Vaccination in Burma 1912-1922 - 1912-1922
Year: 1912
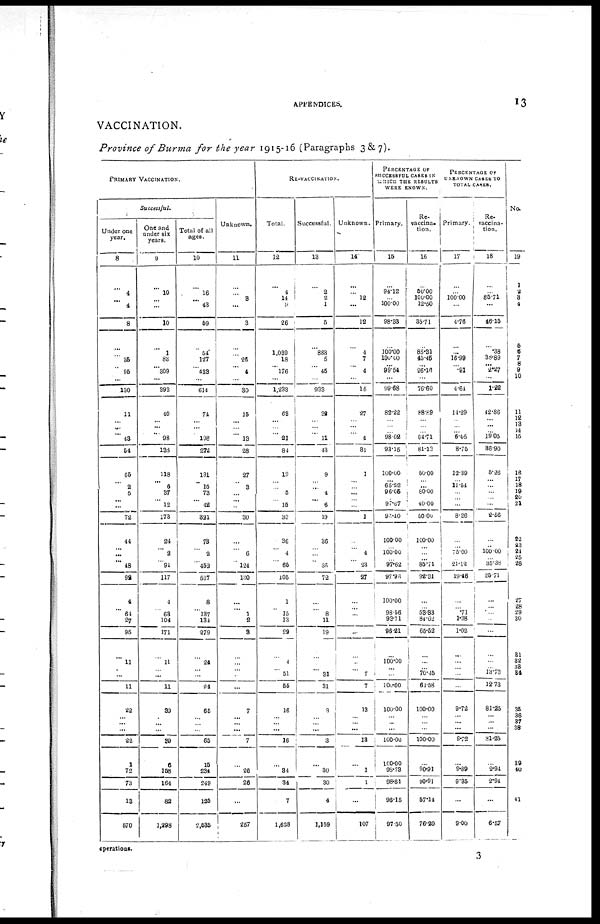
APPENDICES.
13
VACCINATION.
Province of Burma for the year 1915-16 (Paragraphs 3&7).
PRIMARY VACCINATION.
Successful.
Under one
year.
8
...
4
... 4
8
...
...
35
...
95
...
130
11
... ...
... 43
54
66
...
2 5
...
...
72
44
...
...
...
48
92
4
... 64
27
95
...
11
...
...
11
22
...
...
...
22
1
72
73
13
570
One and
under six
years.
9
...
10
...
...
10
...
1
83
... 309
...
393
40
...
...
... 98
138
118
...
6
37
...
12
173
24
...
2
...
91
117
4
...
63
104
171
...
11
... ...
11
39
...
... ...
39
6
158
164
82
1,298
Total of all
ages.
10
...
16
...
43
59
...
54
127
... 433
...
614
74
... ...
... 198
272
191
...
15
73
... 42
321
73
...
2
... 452
527
8
... 137
134
279
...
24
... ...
24
65
...
...
...
65
15
234
249
125
2,535
Unknown.
11
...
...
3
...
3
...
...
26
...
4
...
30
15
...
...
...
13
28
27
...
3
...
...
...
30
...
...
6
... 124
130
...
... 1
2
3
...
...
...
...
...
7
...
... ...
7
...
26
26
...
257
RE-VACCINATION.
Total.
12
...
4
14
8
26
...
1,039
18
... 176
...
1,233
63
...
...
...
21
84
19
... ...
5
...
15
39
36
...
4
...
65
105
1
...
15
13
29
...
4
...
51
55
16
...
... ...
16
...
34
34
7
1,628
Successful.
13
...
2
2
1
5
...
883
5
...
45
...
933
32
... ... ... 11
43
9
... ...
4
...
6
19
36
...
...
...
36
72
...
...
8
11
19
...
...
...
31
31
3
...
... ...
3
...
30
30
4
1,159
Unknown.
14
...
...
12
...
12
...
4
7
...
4
...
15
27
... ...
...
4
31
1
... ... ...
...
...
1
...
...
4
...
23
27
...
...
...
...
...
...
...
...
7
7
13
...
... ...
13
...
1
1
...
107
PERCENTAGE OF
SUCCESSFUL CASES IN
WHICH THE RESULTS
WERE KNOWN.
Primary.
15
...
94.12
... 100.00
98.33
...
100.00
100.00
... 99.54
...
99.68
82.22
... ...
... 98.02
93.15
100.00
... 65.32
96.05
...
97.67
96.40
100.00
... 100.00
... 97.62
97.93
100.00
... 98.56
93.71
96.21
...
100.00
...
...
100.00
100.00
... ...
...
100.00
100.00
98.73
98.81
96.15
97.50
Re-
vaccina¬
tion.
16
...
50.00
100.00
12.50
35.71
...
85.31
45.45
... 26.16
...
76.60
88.89
... ...
... 64.71
81.13
50.00
... ...
80.00
... 40.00
50,00
100.00
...
...
... 85.71
92.31
...
... 53.83
84.62
65.52
...
...
... 70.45
64.58
100.00
...
... ...
100.00
...
90.91
90.91
57.14
76.20
PERCENTAGE OF
UNKNOWN CASES TO
TOTAL CASES.
Primary.
17
...
... 100.00
...
4.76
...
...
16.99
... .91
...
4.64
14.29
... ...
... 6.05
8.75
12.39
... 11.54
...
...
...
8.26
...
... 75.00
... 21.12
19.46
...
... .71
1.38
1.02
...
...
...
...
...
9.72
... ...
...
9.72
...
9.89
9.35
...
9.00
Re-
vaccina-
tion.
18
...
... 85.71
...
46.15
...
.38
38.89
... 2.27
...
1.22
42.86
... ...
...
19.05
86.90
5.26
... ...
...
...
...
2.56
...
100.00
...
... 35.38
25.71
...
...
...
...
...
...
...
... 13.73
12.73
81.25
...
...
...
81.25
...
2.94
2.94
...
6.57
No.
19
1
2
3
4
5
6
7
8 9
10
11
12 13
14
15
16
17 18
19
20
21
22
23 24
25
26
27
28
29
30
31
32
33
34
35
36
37
38
39
40
41
operations.
3